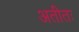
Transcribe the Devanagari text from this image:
अतीतः